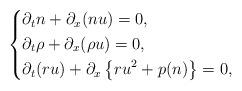
LaTeX: \begin{align*}\left\{\begin{aligned}&\partial_t n+ \partial_x (n u) =0,\\&\partial_t \rho+ \partial_x (\rho u) =0, \\&\partial_t (r u)+ \partial_x \left\{ru ^ 2 + p(n)\right\} =0,\end{aligned}\right.\end{align*}